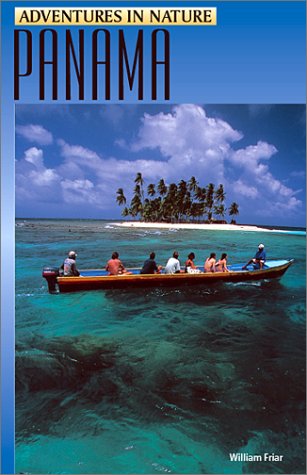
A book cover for Adventures in Nature: Panama (Adventures in Nature (John Muir)); William Friar; Travel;